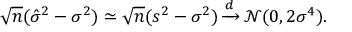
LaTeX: { \sqrt { n } } ( { \hat { \sigma } } ^ { 2 } - \sigma ^ { 2 } ) \simeq { \sqrt { n } } ( s ^ { 2 } - \sigma ^ { 2 } ) \, { \xrightarrow { d } } \, { \mathcal { N } } ( 0 , 2 \sigma ^ { 4 } ) .